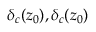
\delta _ { c } ( z _ { 0 } ) , \delta _ { c } ( z _ { 0 } )